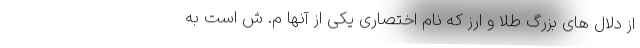
از دلال های بزرگ طلا و ارز که نام اختصاری یکی از آنها م. ش است به